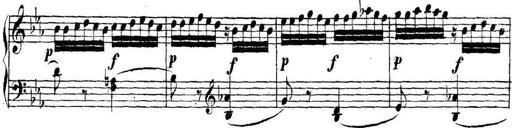
Title: Collected Piano Sonatas
Composer: Muzio Clementi